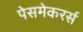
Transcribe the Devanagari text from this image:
पेसमेकरर्स